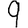
Digit: 9